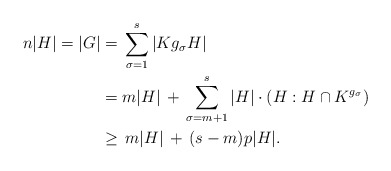
\begin{align*}n|H| = |G| & = \, \sum_{\sigma = 1}^{s} |K g_\sigma H| \\& = m|H| \,+\, \sum_{\sigma = m+1}^{s} |H|\cdot (H : H \cap K^{g_\sigma}) \\&\geq\, m|H| \,+\, (s-m)p|H|.\end{align*}